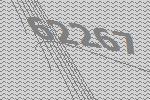
62267